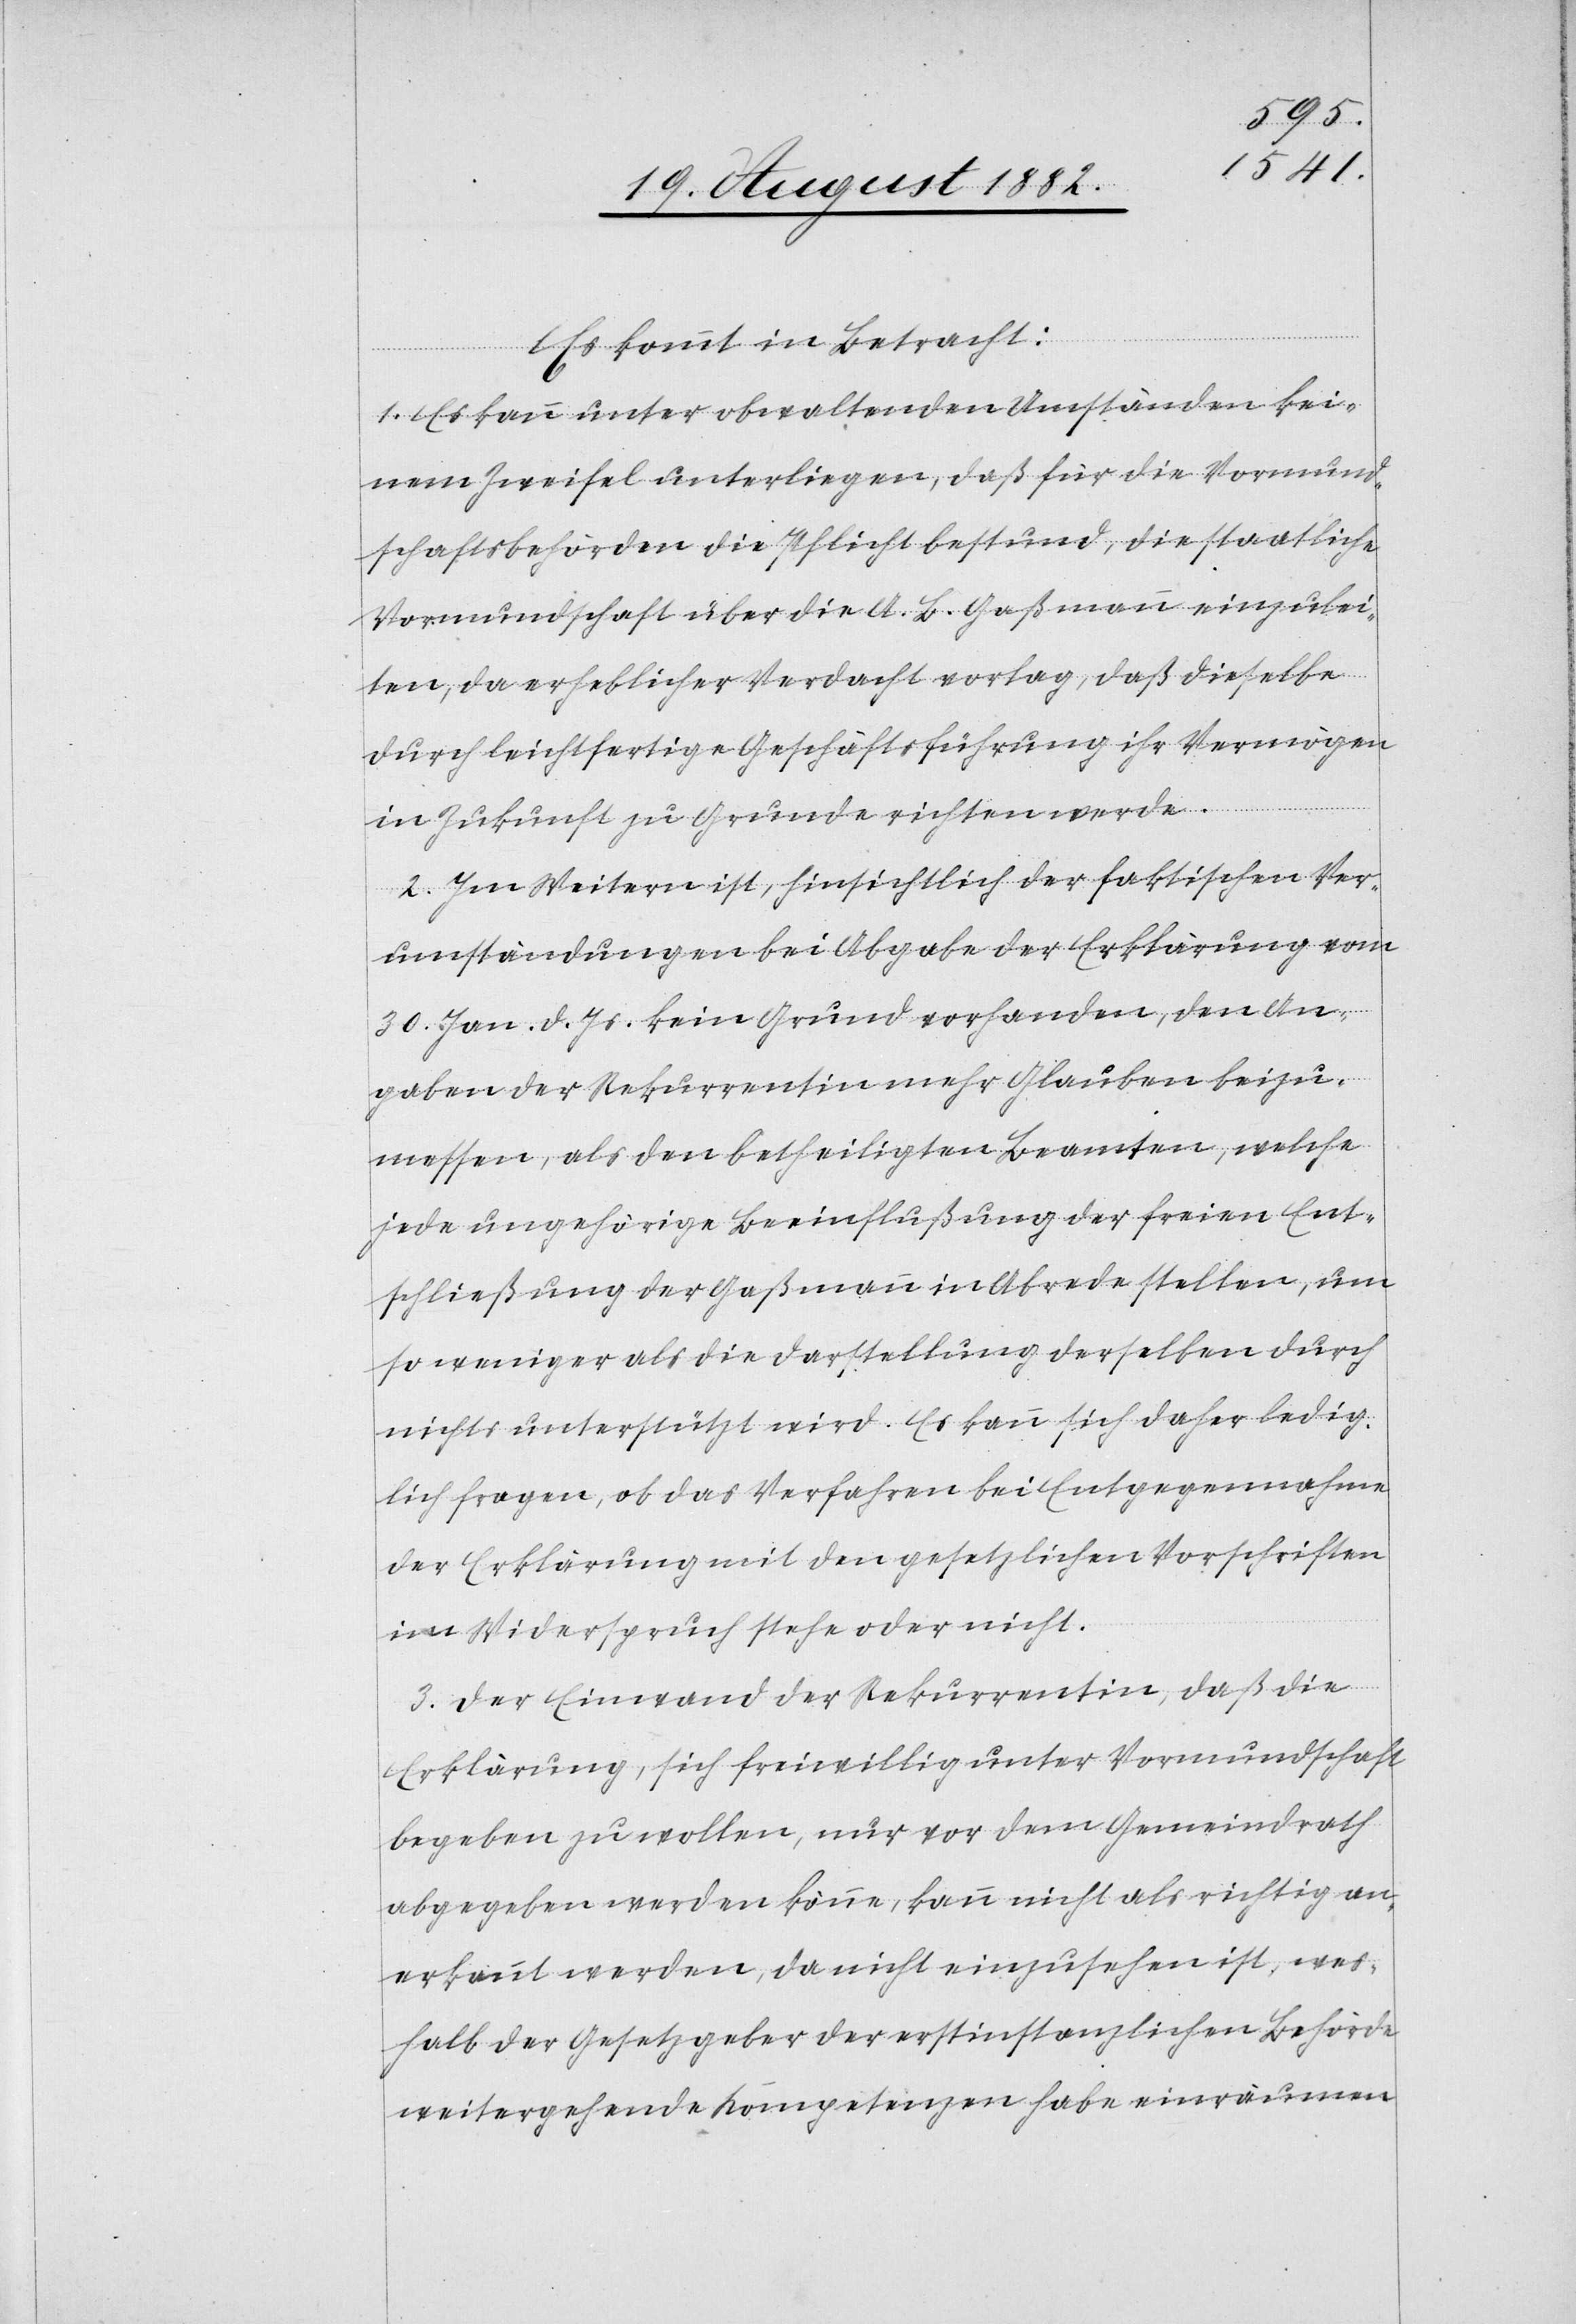
Es kommt in Betracht:
1. Es kann unter obwaltenden Umständen kei¬
nem Zweifel unterliegen, daß für die Vormund¬
schaftsbehörden die Pflicht bestund, die staatliche
Vormundschaft über die A. B. Gaßmann einzulei¬
ten, da erheblicher Verdacht vorlag, daß dieselbe
durch leichtfertige Geschäftsführung ihr Vermögen
in Zukunft zu Grunde richten werde.
2. Im Weitern ist, hinsichtlich der faktischen Ver¬
umständungen bei Abgabe der Erklärung vom
30. Jan. d. Js. kein Grund vorhanden, den An¬
gaben der Rekurrentin mehr Glauben beizu¬
messen, als den betheiligten Beamten, welche
jede ungehörige Beeinflußung der freien Ent¬
schließung der Gaßmann in Abrede stellen, um
so weniger als die Darstellung derselben durch
nichts unterstützt wird. Es kann sich daher ledig¬
lich fragen, ob das Verfahren bei Entgegennahme
der Erklärung mit den gesetzlichen Vorschriften
im Widerspruch stehe oder nicht.
3. Der Einwand der Rekurrentin, daß die
Erklärung, sich freiwillig unter Vormundschaft
begeben zu wollen, nur vor dem Gemeindrath
abgegeben werden könne, kann nicht als richtig an¬
erkannt werden, da nicht einzusehen ist, wes¬
halb der Gesetzgeber der erstinstanzlichen Behörde
weitergehende Kompetenzen habe einräumen